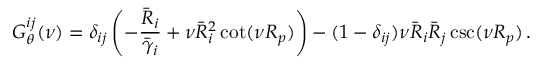
G _ { \theta } ^ { i j } ( \nu ) = \delta _ { i j } \left( - \frac { \bar { R } _ { i } } { \bar { \gamma } _ { i } } + \nu \bar { R } _ { i } ^ { 2 } \cot ( \nu R _ { p } ) \right) - ( 1 - \delta _ { i j } ) \nu \bar { R } _ { i } \bar { R } _ { j } \csc ( \nu R _ { p } ) \, .